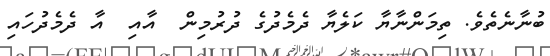
ބުނާނެތެވެ. ތިމަންނާޔާ ކަލެޔާ ދެމެދުގެ ދުރުމިން  އާއި  އާ ދެމެދުހައި